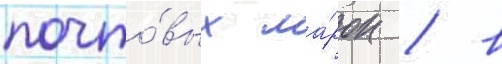
почто́вых ма́рок / в